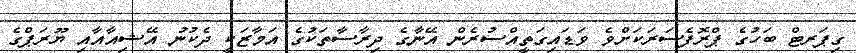
ގިޕަރޓް ބަހުގެ ޕްރޮފެސަރަކަށްވެ ވަޑައިގަތީއްސުރެން އޭނާގެ ދިރާސާތަކުގެ އަމާޒަކީ ދެކުނު އޭޝިއާއާއި ޔޫރަޕްގެ